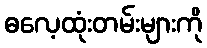
ဓလေ့ထုံးတမ်းများကို